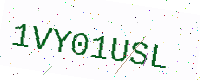
Text: 1VY01USL